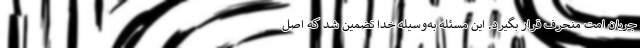
جریان امت منحرف قرار بگیرد. این مسئله به‌وسیله خدا تضمین شد که اصل